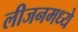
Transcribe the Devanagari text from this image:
लीजनमध्ये